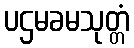
ပဌမခမသုတ္တံ